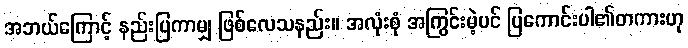
အဘယ်ကြောင့် နည်းပြကာမျှ ဖြစ်လေသနည်း။ အလုံးစုံ အကြွင်းမဲ့ပင် ပြကောင်းပါ၏တကားဟု